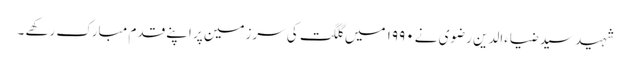
شہید سید ضیاءالدین رضوی نے ۱۹۹۰ میں گلگت کی سرزمین پر اپنے قدم مبارک رکھے ۔